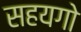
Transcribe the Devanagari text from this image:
सहयगो